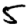
Digit: 5